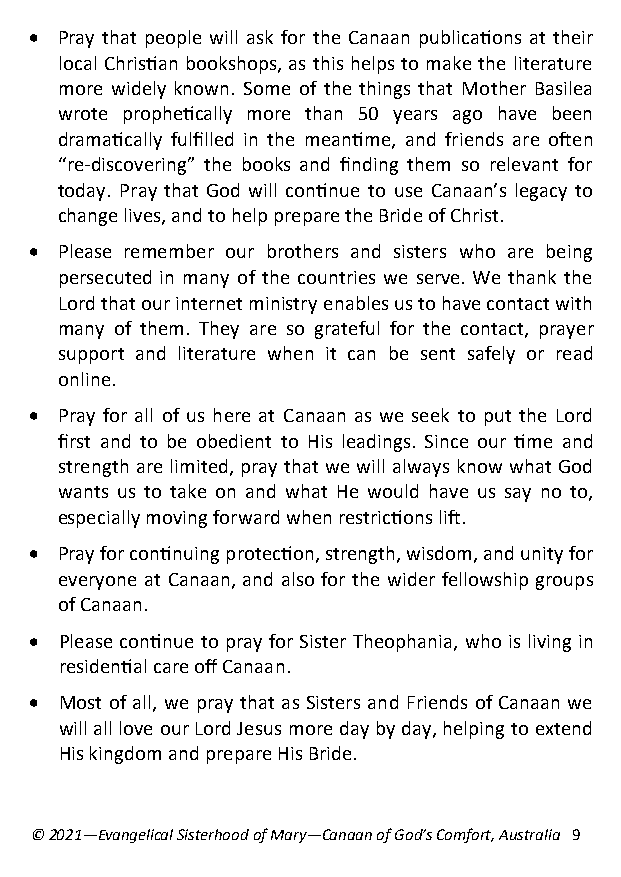
• P ray that people will ask for the Canaan publications at their
 local Christian bookshops, as this helps to make the literature
 more widely known. Some of the things that Mother Basilea
 wrote prophetically more than 50 years ago have been
 dramatically fulfilled in the meantime, and friends are often
 “re-discovering” the books and finding them so relevant for
 today. Pray that God will continue to use Canaan’s legacy to
 change lives, and to help prepare the Bride of Christ.
 • Please remember our brothers and sisters who are being
 persecuted in many of the countries we serve. We thank the
 Lord that our internet ministry enables us to have contact with
 many of them. They are so grateful for the contact, prayer
 support and literature when it can be sent safely or read
 online.
 • Pray for all of us here at Canaan as we seek to put the Lord
 first and to be obedient to His leadings. Since our time and
 strength are limited, pray that we will always know what God
 wants us to take on and what He would have us say no to,
 especially moving forward when restrictions lift.
 • Pray for continuing protection, strength, wisdom, and unity for
 everyone at Canaan, and also for the wider fellowship groups
 of Canaan.
 • Please continue to pray for Sister Theophania, who is living in
 residential care off Canaan.
 • Most of all, we pray that as Sisters and Friends of Canaan we
 will all love our Lord Jesus more day by day, helping to extend
 His kingdom and prepare His Bride.
 © 2021—Evangelical Sisterhood of Mary—Canaan of God’s Comfort, Australia 9